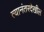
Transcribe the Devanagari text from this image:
त्यानंतरदेखील